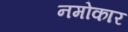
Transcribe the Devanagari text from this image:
नमोकार